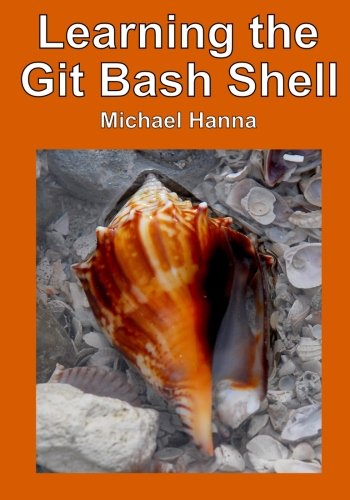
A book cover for Learning the Git Bash Shell: Become a Windows Command Line Commando; Michael Hanna; Computers & Technology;